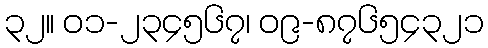
၃၂။ ၀၁-၂၃၄၅၆၇၊ ၀၉-၈၇၆၅၄၃၂၁